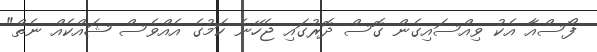
ފޯސްއާ އެކު ވިއްސައިގެން ގޮސް ދޮރުގައި ޖެހޭނެ ކަމުގެ އެއްވެސް ޝައްކެއް ނެތް"